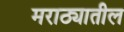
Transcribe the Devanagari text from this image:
मराठ्यातील